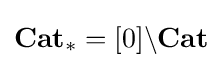
\mathbf {Cat} _{*}=[0]\backslash \mathbf {Cat}